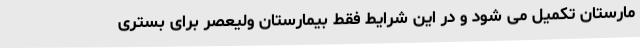
مارستان تکمیل می شود و در این شرایط فقط بیمارستان ولیعصر برای بستری